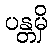
ပန္တမှိ